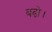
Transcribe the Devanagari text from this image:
बढ़ो।